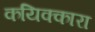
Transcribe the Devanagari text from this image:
कयिक्कारा